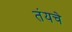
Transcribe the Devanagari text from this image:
तंयचे